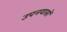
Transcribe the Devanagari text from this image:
उपनयासों